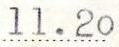
11.20